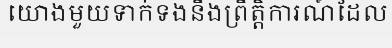
យោងមួយទាក់ទងនឹងព្រឹត្តិការណ៍ដែល